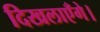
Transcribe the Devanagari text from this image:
दिखलाएँगे।